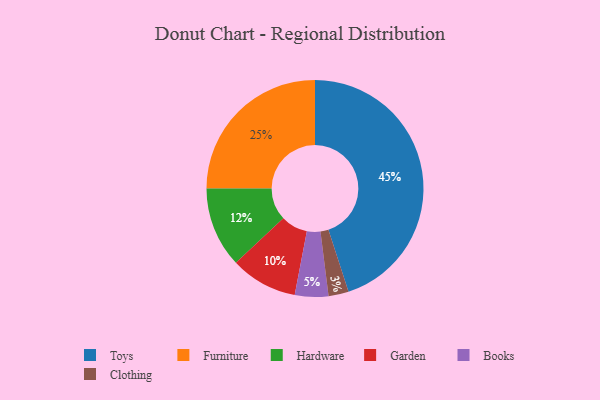
{"axis": {"x": "Category", "y": "Percentage"}, "legend": ["Books", "Clothing", "Furniture", "Garden", "Hardware", "Toys"], "data": [{"x": "Furniture", "y": 25, "type": "Furniture"}, {"x": "Books", "y": 5, "type": "Books"}, {"x": "Clothing", "y": 3, "type": "Clothing"}, {"x": "Toys", "y": 45, "type": "Toys"}, {"x": "Hardware", "y": 12, "type": "Hardware"}, {"x": "Garden", "y": 10, "type": "Garden"}]}